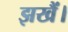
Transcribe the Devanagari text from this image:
झखैं।